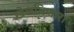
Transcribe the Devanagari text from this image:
खेळविणारा